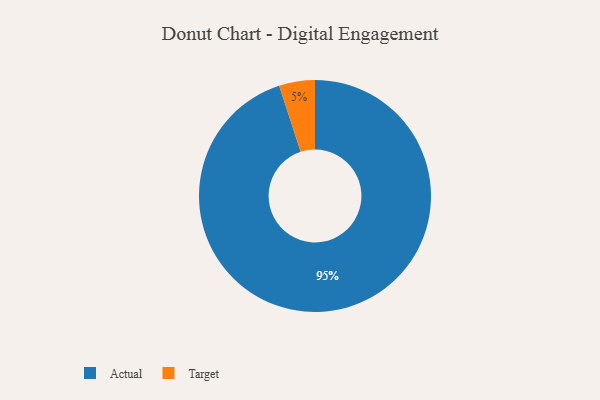
{"axis": {"x": "Category", "y": "Percentage"}, "legend": ["Actual", "Target"], "data": [{"x": "Target", "y": 5, "type": "Target"}, {"x": "Actual", "y": 95, "type": "Actual"}]}